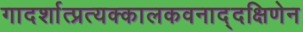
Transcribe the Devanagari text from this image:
गादर्शात्प्रत्यक्कालकवनाद्दक्षिणेन